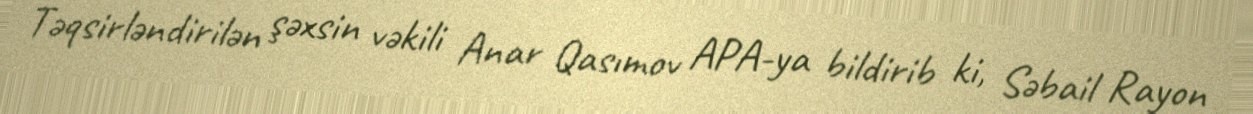
Təqsirləndirilən şəxsin vəkili Anar Qasımov APA-ya bildirib ki, Səbail Rayon